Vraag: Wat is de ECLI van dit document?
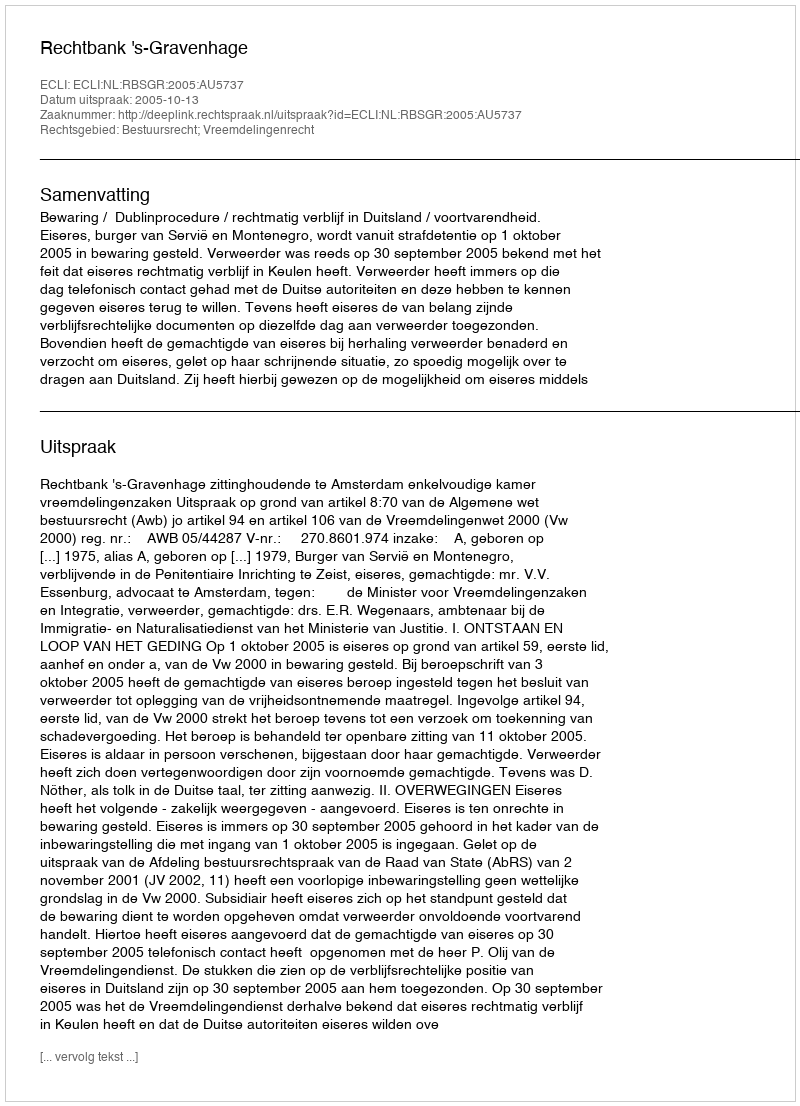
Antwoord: ECLI:NL:RBSGR:2005:AU5737